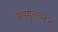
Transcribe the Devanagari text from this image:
अडगुलवरून